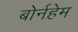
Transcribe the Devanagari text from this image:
बोर्नहेम